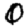
Digit: 0